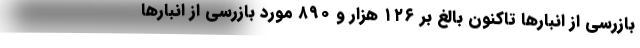
بازرسی از انبارها تاکنون بالغ بر ۱۲۶ هزار و ۸۹۰ مورد بازرسی از انبارها